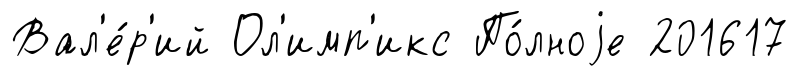
Вал'е́р'ий Ол'имп'икс По́лноjе 201617